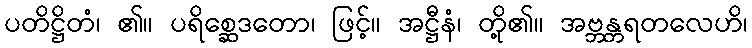
ပတိဋ္ဌိတံ၊ ၏။ ပရိစ္ဆေဒတော၊ ဖြင့်။ အဋ္ဌီနံ၊ တို့၏။ အဗ္ဘန္တရတလေဟိ၊